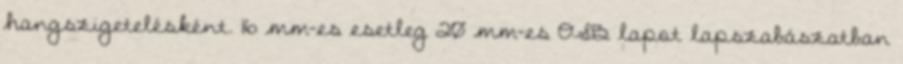
hangszigetelésként. 16 mm-es esetleg 20 mm-es OSB lapot lapszabászatban